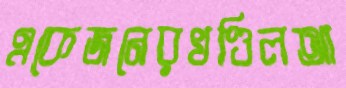
একেজনেরখণ্ডিলআ